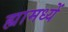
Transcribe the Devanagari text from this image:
ह्यामध्यें